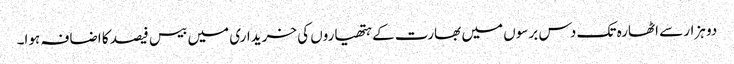
دو ہزار سے اٹھارہ تک دس برسوں میں بھارت کے ہتھیاروں کی خریداری میں بیس فیصد کا اضافہ ہوا۔